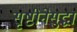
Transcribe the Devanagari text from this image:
सृष्टीनेसुद्धा